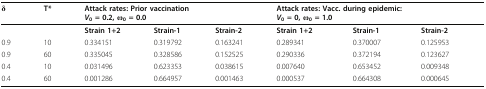
| δ | T* | <COLSPAN=3> Attack rates: Prior vaccinationV0 = 0.2, ω0 = 0.0 | <COLSPAN=3> Attack rates: Vacc. during epidemic:V0 = 0, ω0 = 1.0 |
 | --- | --- | --- | --- | --- | --- | --- | --- |
 |  |  | Strain 1+2 | Strain-1 | Strain-2 | Strain 1+2 | Strain-1 | Strain-2 |
 | 0.9 | 10 | 0.334151 | 0.319792 | 0.163241 | 0.289341 | 0.370007 | 0.125953 |
 | 0.9 | 60 | 0.335045 | 0.328586 | 0.152525 | 0.290336 | 0.372194 | 0.123627 |
 | 0.4 | 10 | 0.031496 | 0.623353 | 0.038615 | 0.007640 | 0.653452 | 0.009348 |
 | 0.4 | 60 | 0.001286 | 0.664957 | 0.001463 | 0.000537 | 0.664308 | 0.000645 |